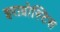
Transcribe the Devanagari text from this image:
इराग्रोस्टिस